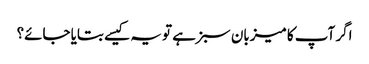
اگر آپ کا میزبان سبز ہے تو یہ کیسے بتایا جائے؟